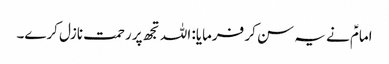
امامؑ نے یہ سن کر فرمایا: اللہ تجھ پر رحمت نازل کرے۔